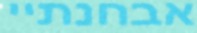
אבחנתיי